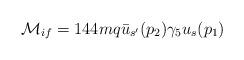
LaTeX: \begin{align*}{\cal{M}}_{if}=144mq \bar{u}_{s'}(p_{2})\gamma_{5} u_{s}(p_{1}) \end{align*}